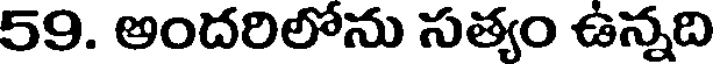
59. అందరిలోను సత్యం ఉన్నది